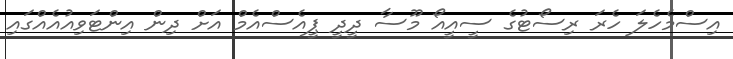
އިސްމެހެލަ ހެރަ ރިސޯޓުގެ ސީއީއޯ މޫސާ ދީދީ ޕީއެސްއެމް އަށް ދިން އިންޓަވިއުއެއްގައި